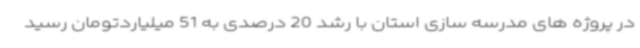
در پروژه های مدرسه سازی استان با رشد 20 درصدی به 51 میلیاردتومان رسید